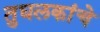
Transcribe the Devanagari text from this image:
तुघलकांचे